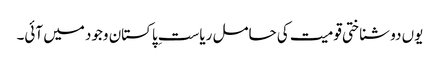
یوں دو شناختی قومیت کی حامل ریاستِ پاکستان وجود میں آئی۔